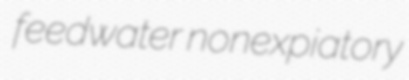
feedwater nonexpiatory